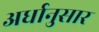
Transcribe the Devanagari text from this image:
अर्धानुसार